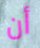
أن